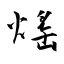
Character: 熎